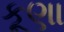
કૂણા